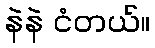
နဲနဲ ငံတယ်။